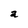
Character: a